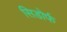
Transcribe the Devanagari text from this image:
सिडोर्फ